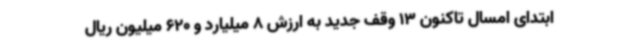
ابتدای امسال تاکنون 13 وقف جدید به ارزش 8 میلیارد و 620 میلیون ریال